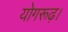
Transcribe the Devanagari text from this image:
योगरूढ़।